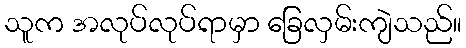
သူက အလုပ်လုပ်ရာမှာ ခြေလှမ်းကျဲသည်။